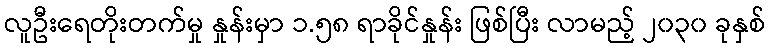
လူဦးရေတိုးတက်မှု နှုန်းမှာ ၁.၅၈ ရာခိုင်နှုန်း ဖြစ်ပြီး လာမည့် ၂၀၃၀ ခုနှစ်